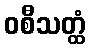
ဝစီသတ္ထံ